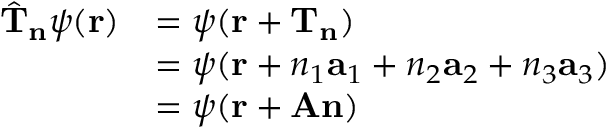
{ \begin{array} { r l } { { \hat { \mathbf { T } } } _ { \mathbf { n } } \psi ( \mathbf { r } ) } & { = \psi ( \mathbf { r } + \mathbf { T } _ { \mathbf { n } } ) } \\ & { = \psi ( \mathbf { r } + n _ { 1 } \mathbf { a } _ { 1 } + n _ { 2 } \mathbf { a } _ { 2 } + n _ { 3 } \mathbf { a } _ { 3 } ) } \\ & { = \psi ( \mathbf { r } + \mathbf { A } \mathbf { n } ) } \end{array} }